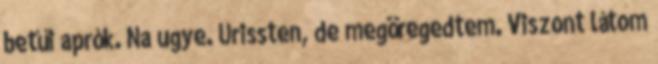
betűi aprók. Na ugye. Urissten, de megöregedtem. Viszont látom